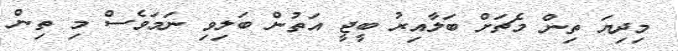
މިދިޔަ ތިން މެޗަށް ބަލާއިރު ބީޖީ އަތުން ބަލިވި ނަމަވެސް މި ތިން